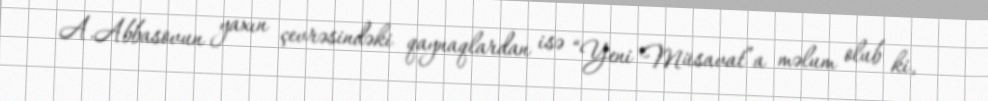
A.Abbasovun yaxın çevrəsindəki qaynaqlardan isə “Yeni Müsavat”a məlum olub ki,